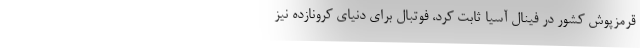
قرمزپوش کشور در فینال آسیا ثابت کرد، فوتبال برای دنیای کرونازده نیز